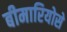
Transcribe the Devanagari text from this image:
बीमारियोसे